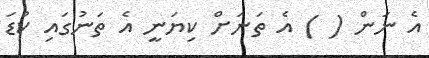
އެ ނަން ( ) އެ ތަނަށް ކިޔަނީ އެ ތަނުގައި ކުޑަ